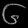
Digit: ၆